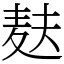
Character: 麸